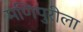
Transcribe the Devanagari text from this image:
मणिपुरीला